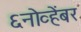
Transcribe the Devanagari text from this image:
६नोव्हेंबर